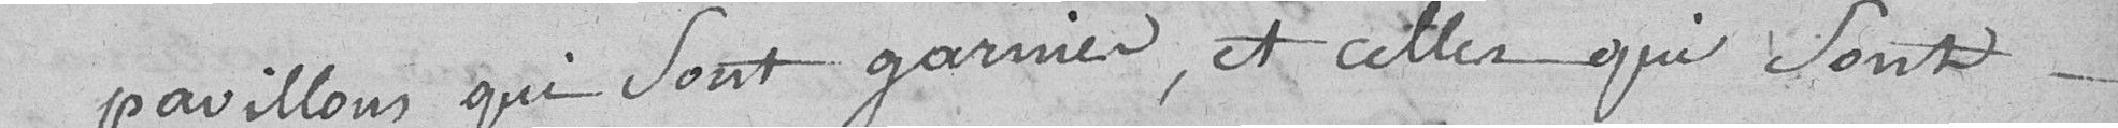
pavillons qui sont garnies, et celles qui sont